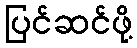
ပြင်ဆင်ဖို့